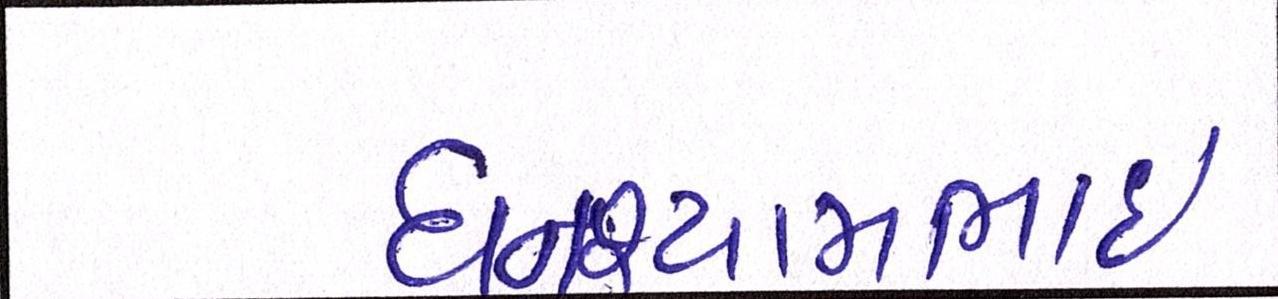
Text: ઘનશ્યામભાઈ